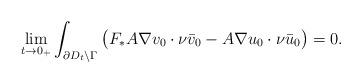
LaTeX: \begin{align*}\lim_{t \to 0_+} \int_{\partial D_t \setminus \Gamma} \big( F_*A \nabla v_0 \cdot \nu \bar v_0 - A \nabla u_0 \cdot \nu \bar u_0 \big) = 0. \end{align*}